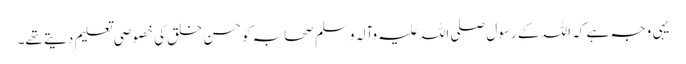
یہی وجہ ہے کہ اللہ کے رسول صلی اللہ علیہ وآلہ وسلم صحابہ کو حسن خلق کی خصوصی تعلیم دیتے تھے۔